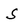
Character: S